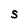
Character: S